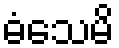
ဓံသေမိ